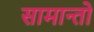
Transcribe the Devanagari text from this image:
सामान्तो